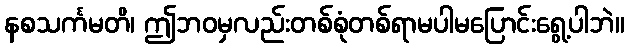
နစသင်္ကမတိ၊ ဤဘဝမှလည်းတစ်စုံတစ်ရာမပါမပြောင်းရွေ့ပါဘဲ။